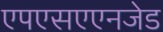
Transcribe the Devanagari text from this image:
एपएसएएनजेड